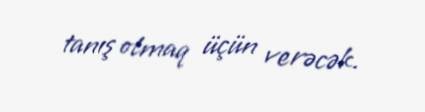
tanış olmaq üçün verəcək.